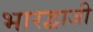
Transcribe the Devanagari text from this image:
भारद्वाजी